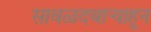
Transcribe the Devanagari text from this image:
सावळदबार्‍याहून